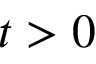
t > 0